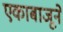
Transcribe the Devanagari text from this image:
एकाबाजूने